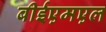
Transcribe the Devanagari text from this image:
बीईएमएल